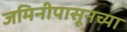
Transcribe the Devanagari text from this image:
जमिनीपासूनच्या